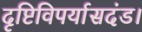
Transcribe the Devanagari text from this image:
दृष्टिविपर्यासदंड।